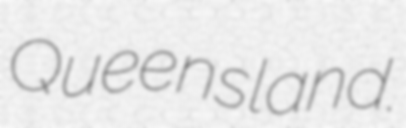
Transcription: Queensland.